Document type: Sale
Year: 1499
Scribe: Joan Martínez de Sòria
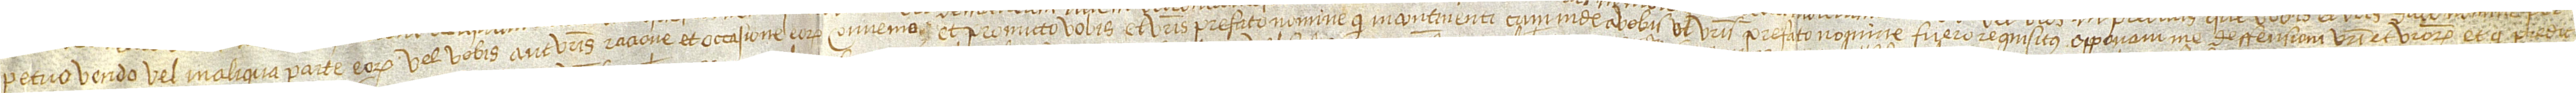
petuo vendo vel in aliqua parte eorum vel vobis aut vestris racione et occasione eorum, convenio et promitto vobis et vestris prefato nomine quod incontinenti cum inde a vobis vel vestris prefato nomine fuero requisitus opponam me deffensioni vestri et vestrorum et quod predic-